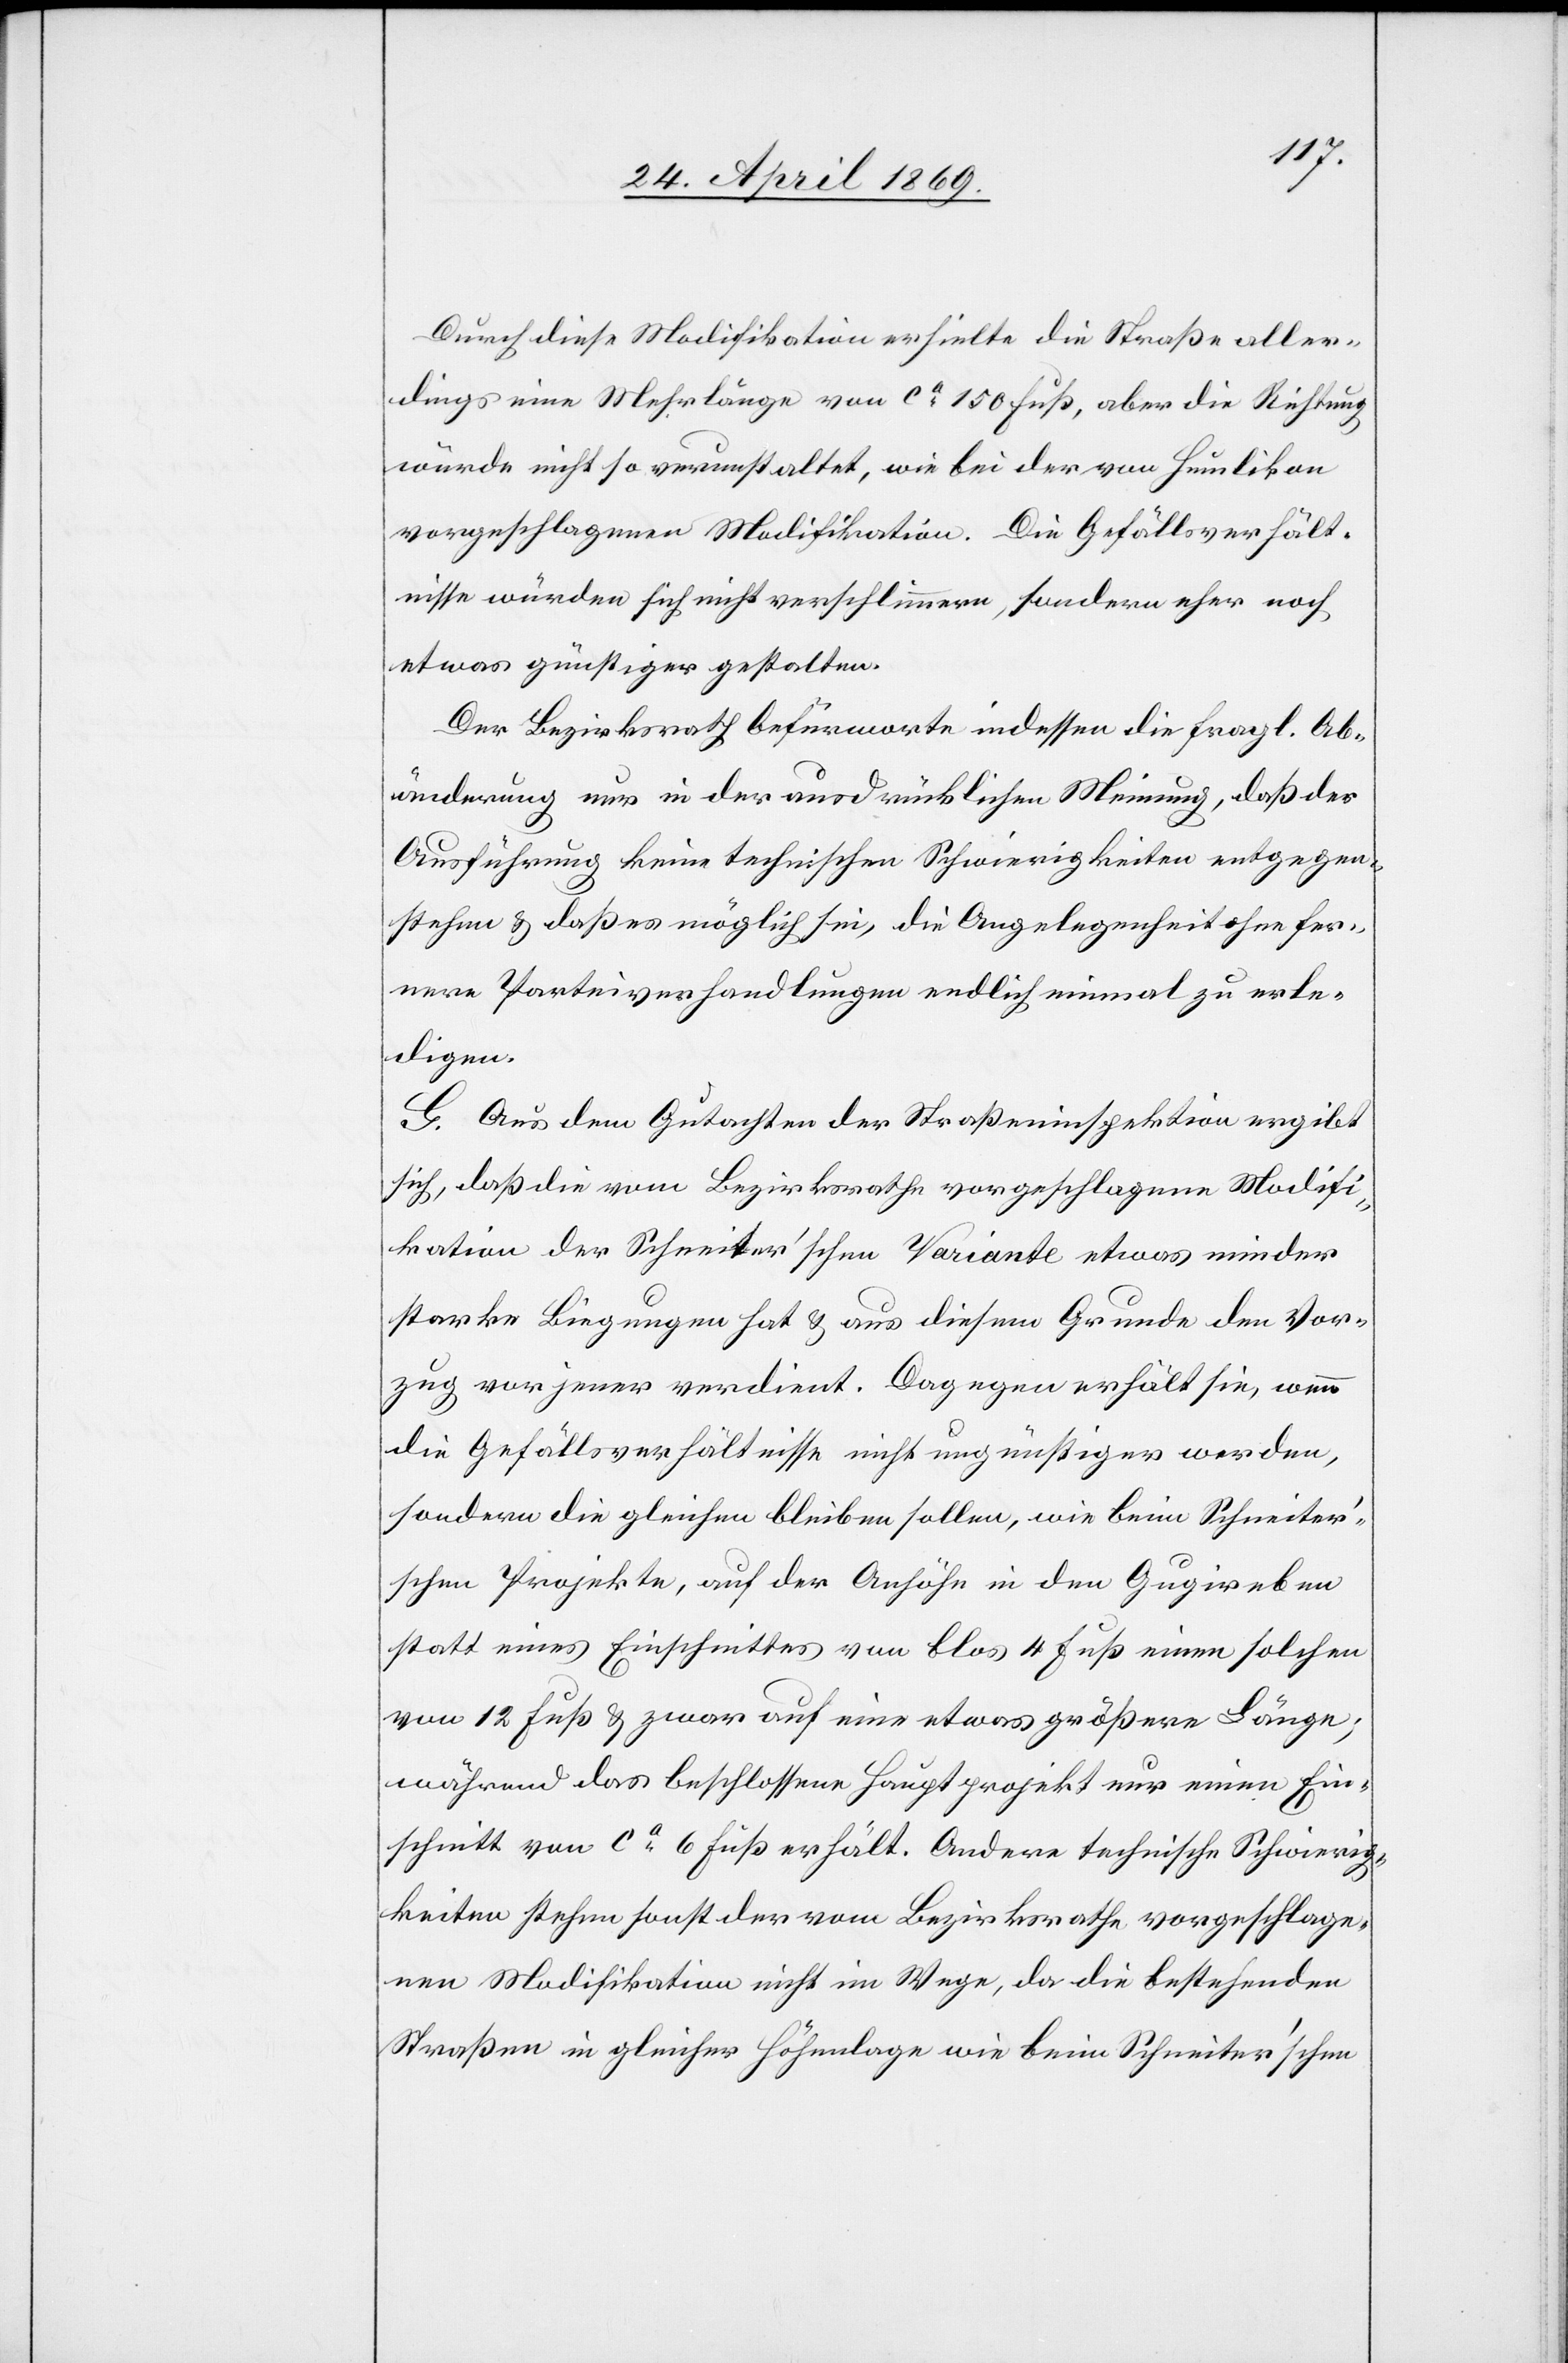
Durch diese Modifikation erhielte die Straße aller¬
dings eine Mehrlänge von ca 150 Fuß, aber die Richtung
würde nicht so verunstaltet, wie bei der von Humlikon
vorgeschlagenen Modifikation. Die Gefällsverhält¬
nisse würden sich nicht verschlimmern, sondern eher noch
etwas günstiger gestalten.
Der Bezirksrath befürwortete indessen die fragl. Ab¬
änderung nur in der ausdrücklichen Meinung, daß der
Ausführung keine technischen Schwierigkeiten entgegen¬
stehen u. daß es möglich sei, die Angelegenheit ohne fer¬
nere Parteiverhandlungen endlich einmal zu erle¬
digen.
G. Aus dem Gutachten der Straßeninspektion ergibt
sich, daß die vom Bezirksrathe vorgeschlagene Modifi¬
kation der Schneiter’schen Variante etwas minder
starke Biegungen hat u. aus diesem Grunde den Vor¬
zug vor jener verdient. Dagegen erhält sie, wenn
die Gefällsverhältnisse nicht ungünstiger werden,
sondern die gleichen bleiben sollen, wie beim Schneiter’s¬
chen Projekte, auf der Anhöhe in den Gugireben
statt eines Einschnittes von blos 4 Fuß einen solchen
von 12 Fuß u. zwar auf eine etwas größere Länge;
während das beschlossene Hauptprojekt nur einen Ein¬
schnitt von ca 6 Fuß erhält. Andere technische Schwierig¬
keiten stehen sonst der vom Bezirksrathe vorgeschlage¬
nen Modifikation nicht im Wege, da die bestehenden
Straßen in gleicher Höhenlage wie beim Schneiter’schen